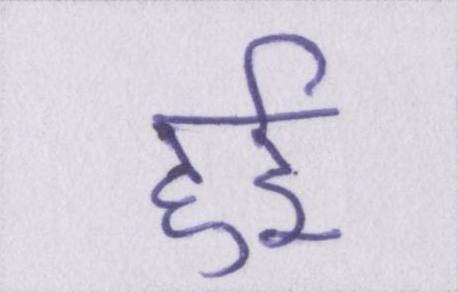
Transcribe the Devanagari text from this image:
हुर्इ